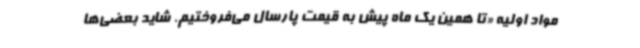
مواد اولیه «تا همین یک ماه پیش به قیمت پارسال می‌فروختیم. شاید بعضی‌ها